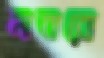
নাবারো